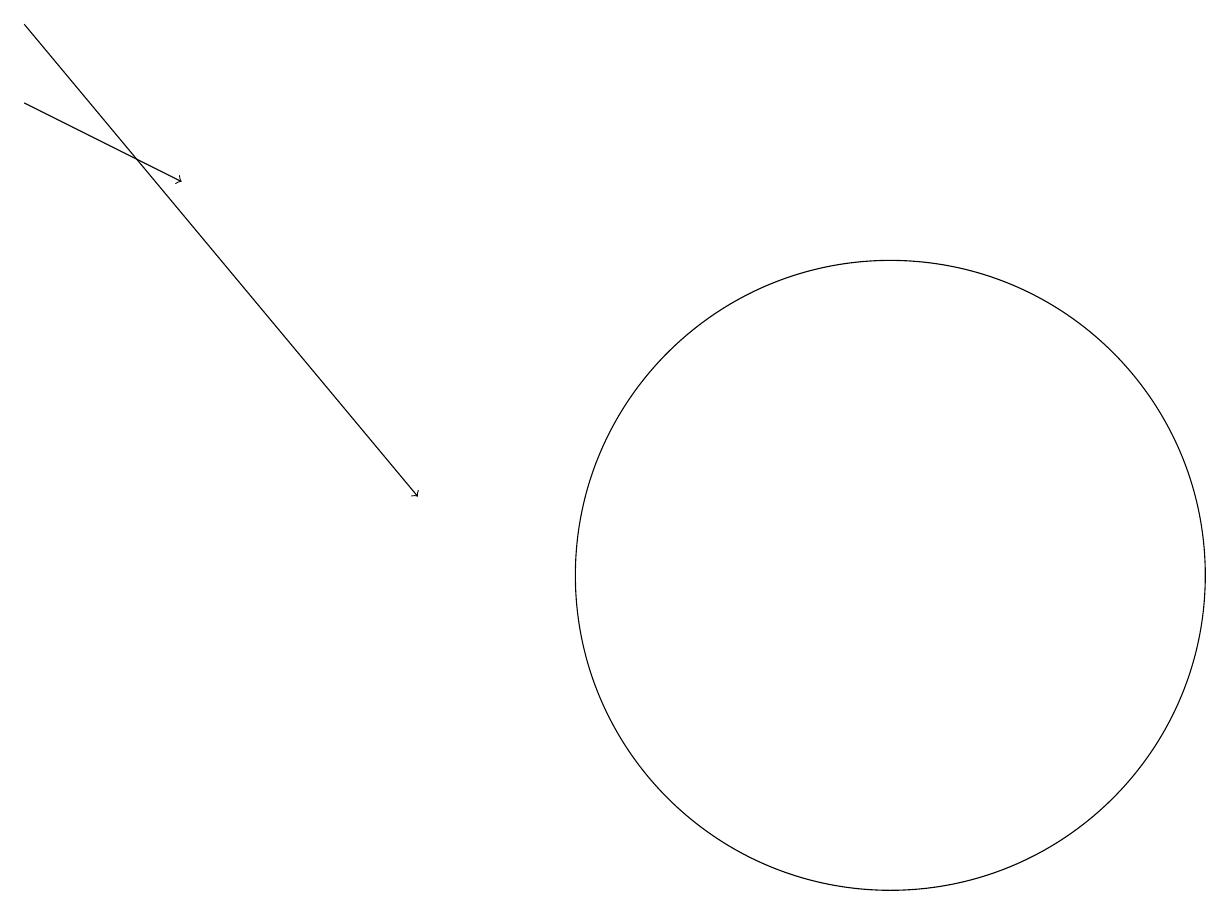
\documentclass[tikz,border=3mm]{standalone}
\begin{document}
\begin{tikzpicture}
\draw[->] (1,16) -- (3,15);
\draw[->] (1,17) -- (6,11);
\draw (12,10) circle (4);
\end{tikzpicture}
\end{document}